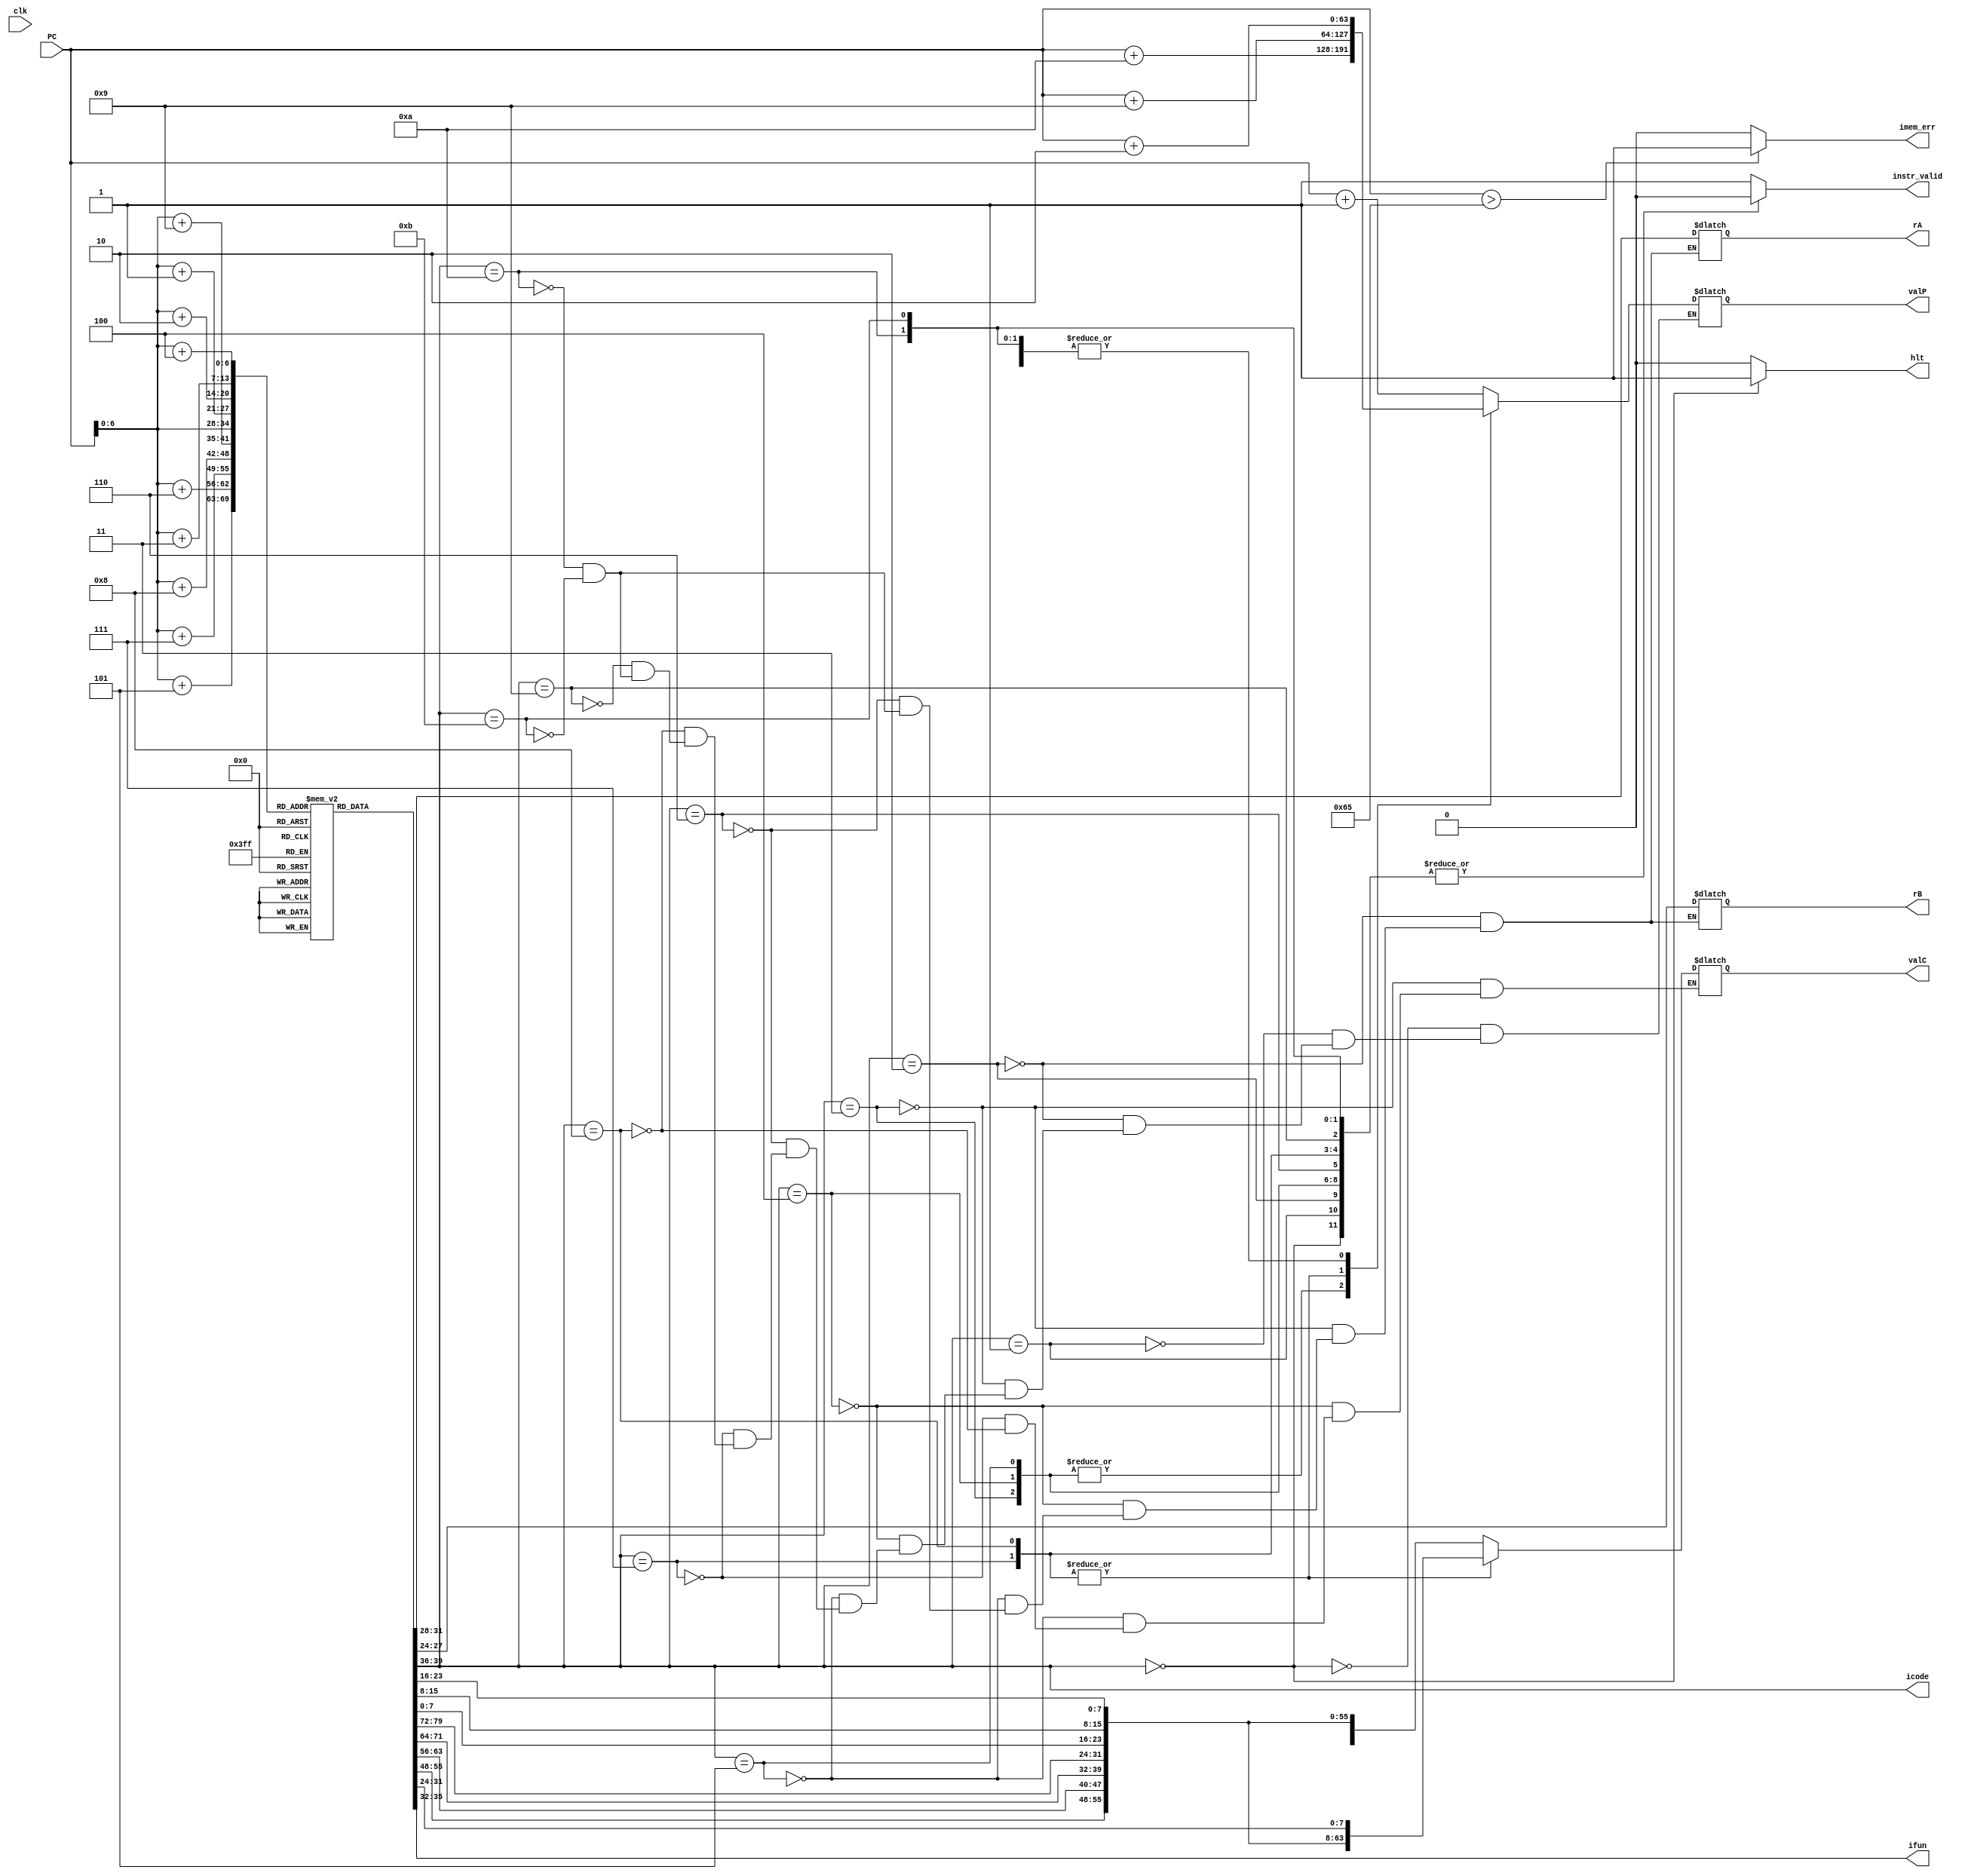
module fetch (clk,PC, icode, ifun, rA, rB, valC ,valP, instr_valid, imem_err, hlt);

input clk;
input [63:0] PC;
output reg [3:0]  icode, ifun;
output reg [3:0]  rA,rB;
output reg [63:0] valP;
output reg [0:63] valC;
output reg instr_valid, imem_err, hlt;

reg [0:79] instruction; //this puts lsb -> msb so 0th bit is least significant
reg [7:0]  memory[0:100];//101 bytes

initial begin 
  //Instruction memory
 hlt = 0;
    memory[0]  = 8'b00010000; // nop instruction PC = PC +1 = 1
    memory[1]  = 8'b01100000; // Opq add
    memory[2]  = 8'b00000001; // rA = 0, rB = 1; PC = PC + 2 = 3

    memory[3]  = 8'b00110000; // irmovq instruction PC = PC + 10 = 13
    memory[4]  = 8'b11110010; // F, rB = 2;
    memory[5]  = 8'b11111111; // 1st byte of V = 255, rest all bytes will be zero
    memory[6]  = 8'b00000000; // 2nd byte
    memory[7]  = 8'b00000000; // 3rd byte
    memory[8]  = 8'b00000000; // 4th byte
    memory[9]  = 8'b00000000; // 5th byte
    memory[10] = 8'b00000000; // 6th byte
    memory[11] = 8'b00000000; // 7th byte
    memory[12] = 8'b00000000; // 8th byte (This completes irmovq)

    memory[13] = 8'b00110000; // irmovq instruction PC = PC + 10 = 23
    memory[14] = 8'b11110011; // F, rB = 3;
    memory[15] = 8'b00000101; // 1st byte of V = 5, rest all bytes will be zero
    memory[16] = 8'b00000000; // 2nd byte
    memory[17] = 8'b00000000; // 3rd byte
    memory[18] = 8'b00000000; // 4th byte
    memory[19] = 8'b00000000; // 5th byte
    memory[20] = 8'b00000000; // 6th byte
    memory[21] = 8'b00000000; // 7th byte
    memory[22] = 8'b00000000; // 8th byte (This completes irmovq)

    memory[23] = 8'b00110000; // irmovq instruction PC = PC + 10 = 33
    memory[24] = 8'b11110100; // F, rB = 4;
    memory[25] = 8'b00000101; // 1st byte of V = 5, rest all bytes will be zero
    memory[26] = 8'b00000000; // 2nd byte
    memory[27] = 8'b00000000; // 3rd byte
    memory[28] = 8'b00000000; // 4th byte
    memory[29] = 8'b00000000; // 5th byte
    memory[30] = 8'b00000000; // 6th byte
    memory[31] = 8'b00000000; // 7th byte
    memory[32] = 8'b00000000; // 8th byte (This completes irmovq)

    memory[33] = 8'b00100000; // rrmovq // PC = PC + 2 = 35
    memory[34] = 8'b01000101; // rA = 4; rB = 5; 

    memory[35] = 8'b01100000; // Opq add // PC = PC + 2 = 37
    memory[36] = 8'b00110100; // rA = 3 and rB = 4, final value in rB(4) = 10;

    memory[37] = 8'b00100101; // cmovge // PC = PC + 2 = 39
    memory[38] = 8'b01010110; // rA = 5; rB = 6;

    memory[39] = 8'b01100001; // Opq subq // PC = PC + 2 = 41
    memory[40] = 8'b00110101; // rA = 3, rB = 5; both are equal

    memory[41] = 8'b01110011; //je // PC = PC + 9 = 50
    memory[42] = 8'b00110100; // Dest = 52; 1st byte
    memory[43] = 8'b00000000; // 2nd byte
    memory[44] = 8'b00000000; // 3rd byte
    memory[45] = 8'b00000000; // 4th byte
    memory[46] = 8'b00000000; // 5th byte
    memory[47] = 8'b00000000; // 6th byte
    memory[48] = 8'b00000000; // 7th byte
    memory[49] = 8'b00000000; // 8th byte

    memory[50] = 8'b00010000; // nop 
    memory[51] = 8'b00010000; // nop

    memory[52] = 8'b01100000; // Opq add
    memory[53] = 8'b00110101; // rA = 3; rB = 5;

    memory[54] = 8'b00000000; // hlt 
  //main:

  end

always @*
begin
  imem_err=0;
  if (PC > 101) begin
   imem_err =1;
  end

  instruction = {
    memory[PC],
    memory[PC+1],
    memory[PC+2],
    memory[PC+3],
    memory[PC+4],
    memory[PC+5],
    memory[PC+6],
    memory[PC+7],
    memory[PC+8],
    memory[PC+9]
  };

  icode = instruction[0:3];
  ifun  = instruction[4:7];
  instr_valid = 1'd0;
  hlt = 64'd0;
  case(icode)

    //hlt
    4'h0  : begin
      hlt = 64'd1;
      valP= PC + 64'd1;
    end

    //nop
    4'h1	: valP= PC + 64'd1;

    /* cmovXX
      4'd0	: //rrmovq
      4'd1	: //cmovle
      4'd2	: //cmovl
      4'd3	: //cmove
      4'd4	: //cmovne
      4'd5	: //cmovge
      4'd6	: //cmovg */
    4'h2	: begin            
      rA = instruction[8:11];
      rB = instruction[12:15];
      valP =PC + 64'd2;
    end
    

    //irmovq
    4'h3	: begin
        rA = instruction[8:11];  // F
        rB = instruction[12:15]; 
        valC = {
          instruction[72:79],
          instruction[64:71],
          instruction[56:63],
          instruction[48:55],
          instruction[40:47],
          instruction[32:39],
          instruction[24:31],
          instruction[16:23]
        };
        valP = PC + 64'd10;
    end
    
    //rmmovq
    4'h4	: begin
      rA = instruction[8:11];
      rB = instruction[12:15]; 
      valC = {
        instruction[72:79],
        instruction[64:71],
        instruction[56:63],
        instruction[48:55],
        instruction[40:47],
        instruction[32:39],
        instruction[24:31],
        instruction[16:23]
      };
      valP = PC + 64'd10;
    end

    //mrmovq  
    4'h5	: begin
      rA = instruction[8:11];
      rB = instruction[12:15]; 
      valC = {
        instruction[72:79],
        instruction[64:71],
        instruction[56:63],
        instruction[48:55],
        instruction[40:47],
        instruction[32:39],
        instruction[24:31],
        instruction[16:23]
      };
      valP = PC + 64'd10;
    end 
    
    /* opq
      4'd0	: //addq
      4'd1	: //subq
      4'd2	: //andq
      4'd3	: //xorq
      end*/
    4'h6	: begin
        rA[3:0] = instruction[8:11];
        rB[3:0] = instruction[12:15];
        valP = PC + 64'd2;
    end
      
    
    /* jump
      4'd0	: //jmp
      4'd1	: //jle
      4'd2	: //jl
      4'd3	: //je
      4'd4	: //jne
      4'd5	: //jge
      4'd6	: //jg*/
    4'h7	: begin
      valC = {
        instruction[64:71],
        instruction[56:63],
        instruction[48:55],
        instruction[40:47],
        instruction[32:39],
        instruction[24:31],
        instruction[16:23],
        instruction[8:15]
      };
      valP = PC + 64'd9;
    end 

    //call
    4'h8	: begin
      valC = {
        instruction[64:71],
        instruction[56:63],
        instruction[48:55],
        instruction[40:47],
        instruction[32:39],
        instruction[24:31],
        instruction[16:23],
        instruction[8:15]
      };
      valP = PC + 64'd9;
    end 

    4'h9  : valP = PC + 64'd1;//ret

    //pushq
    4'hA  :  begin            
      rA = instruction[8:11];
      rB = instruction[12:15];
      valP =PC + 64'd2;
    end

    //popq
    4'hB  :  begin            
      rA = instruction[8:11];
      rB = instruction[12:15];
      valP =PC + 64'd2;
    end
    
    default : instr_valid = 1'd1;
  endcase
  
end
endmodule